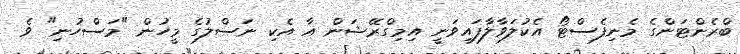
ބްރެންޓަންގެ މެނިފެސްޓޯ އެކުލަވާލާފައިވަނީ އިމިގްރޭޝަން އާ އެކި ނަސްލުގެ މީހުން "މަސްހުނި" ވެ